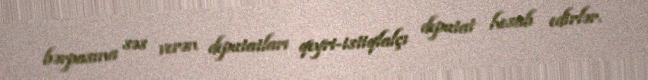
bərpasına səs verən deputatları qeyri-istiqlalçı deputat hesab edirlər.